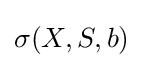
\sigma (X,S,b)